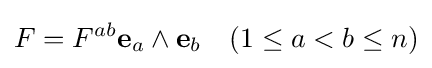
F=F^{ab}\mathbf {e} _{a}\wedge \mathbf {e} _{b}\quad (1\leq a<b\leq n)